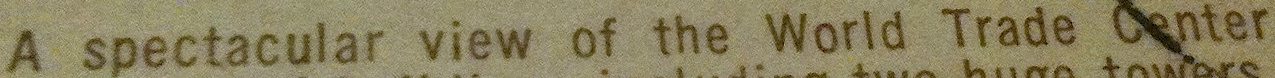
A spectacular view of the World Trade Center